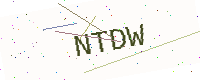
Text: NTDW